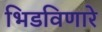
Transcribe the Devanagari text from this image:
भिडविणारे